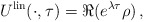
\begin{align*}U^{\rm lin}(\cdot,\tau) = \Re (e^{\lambda \tau} \rho) \, ,\end{align*}